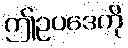
ဤဥပဒေကို